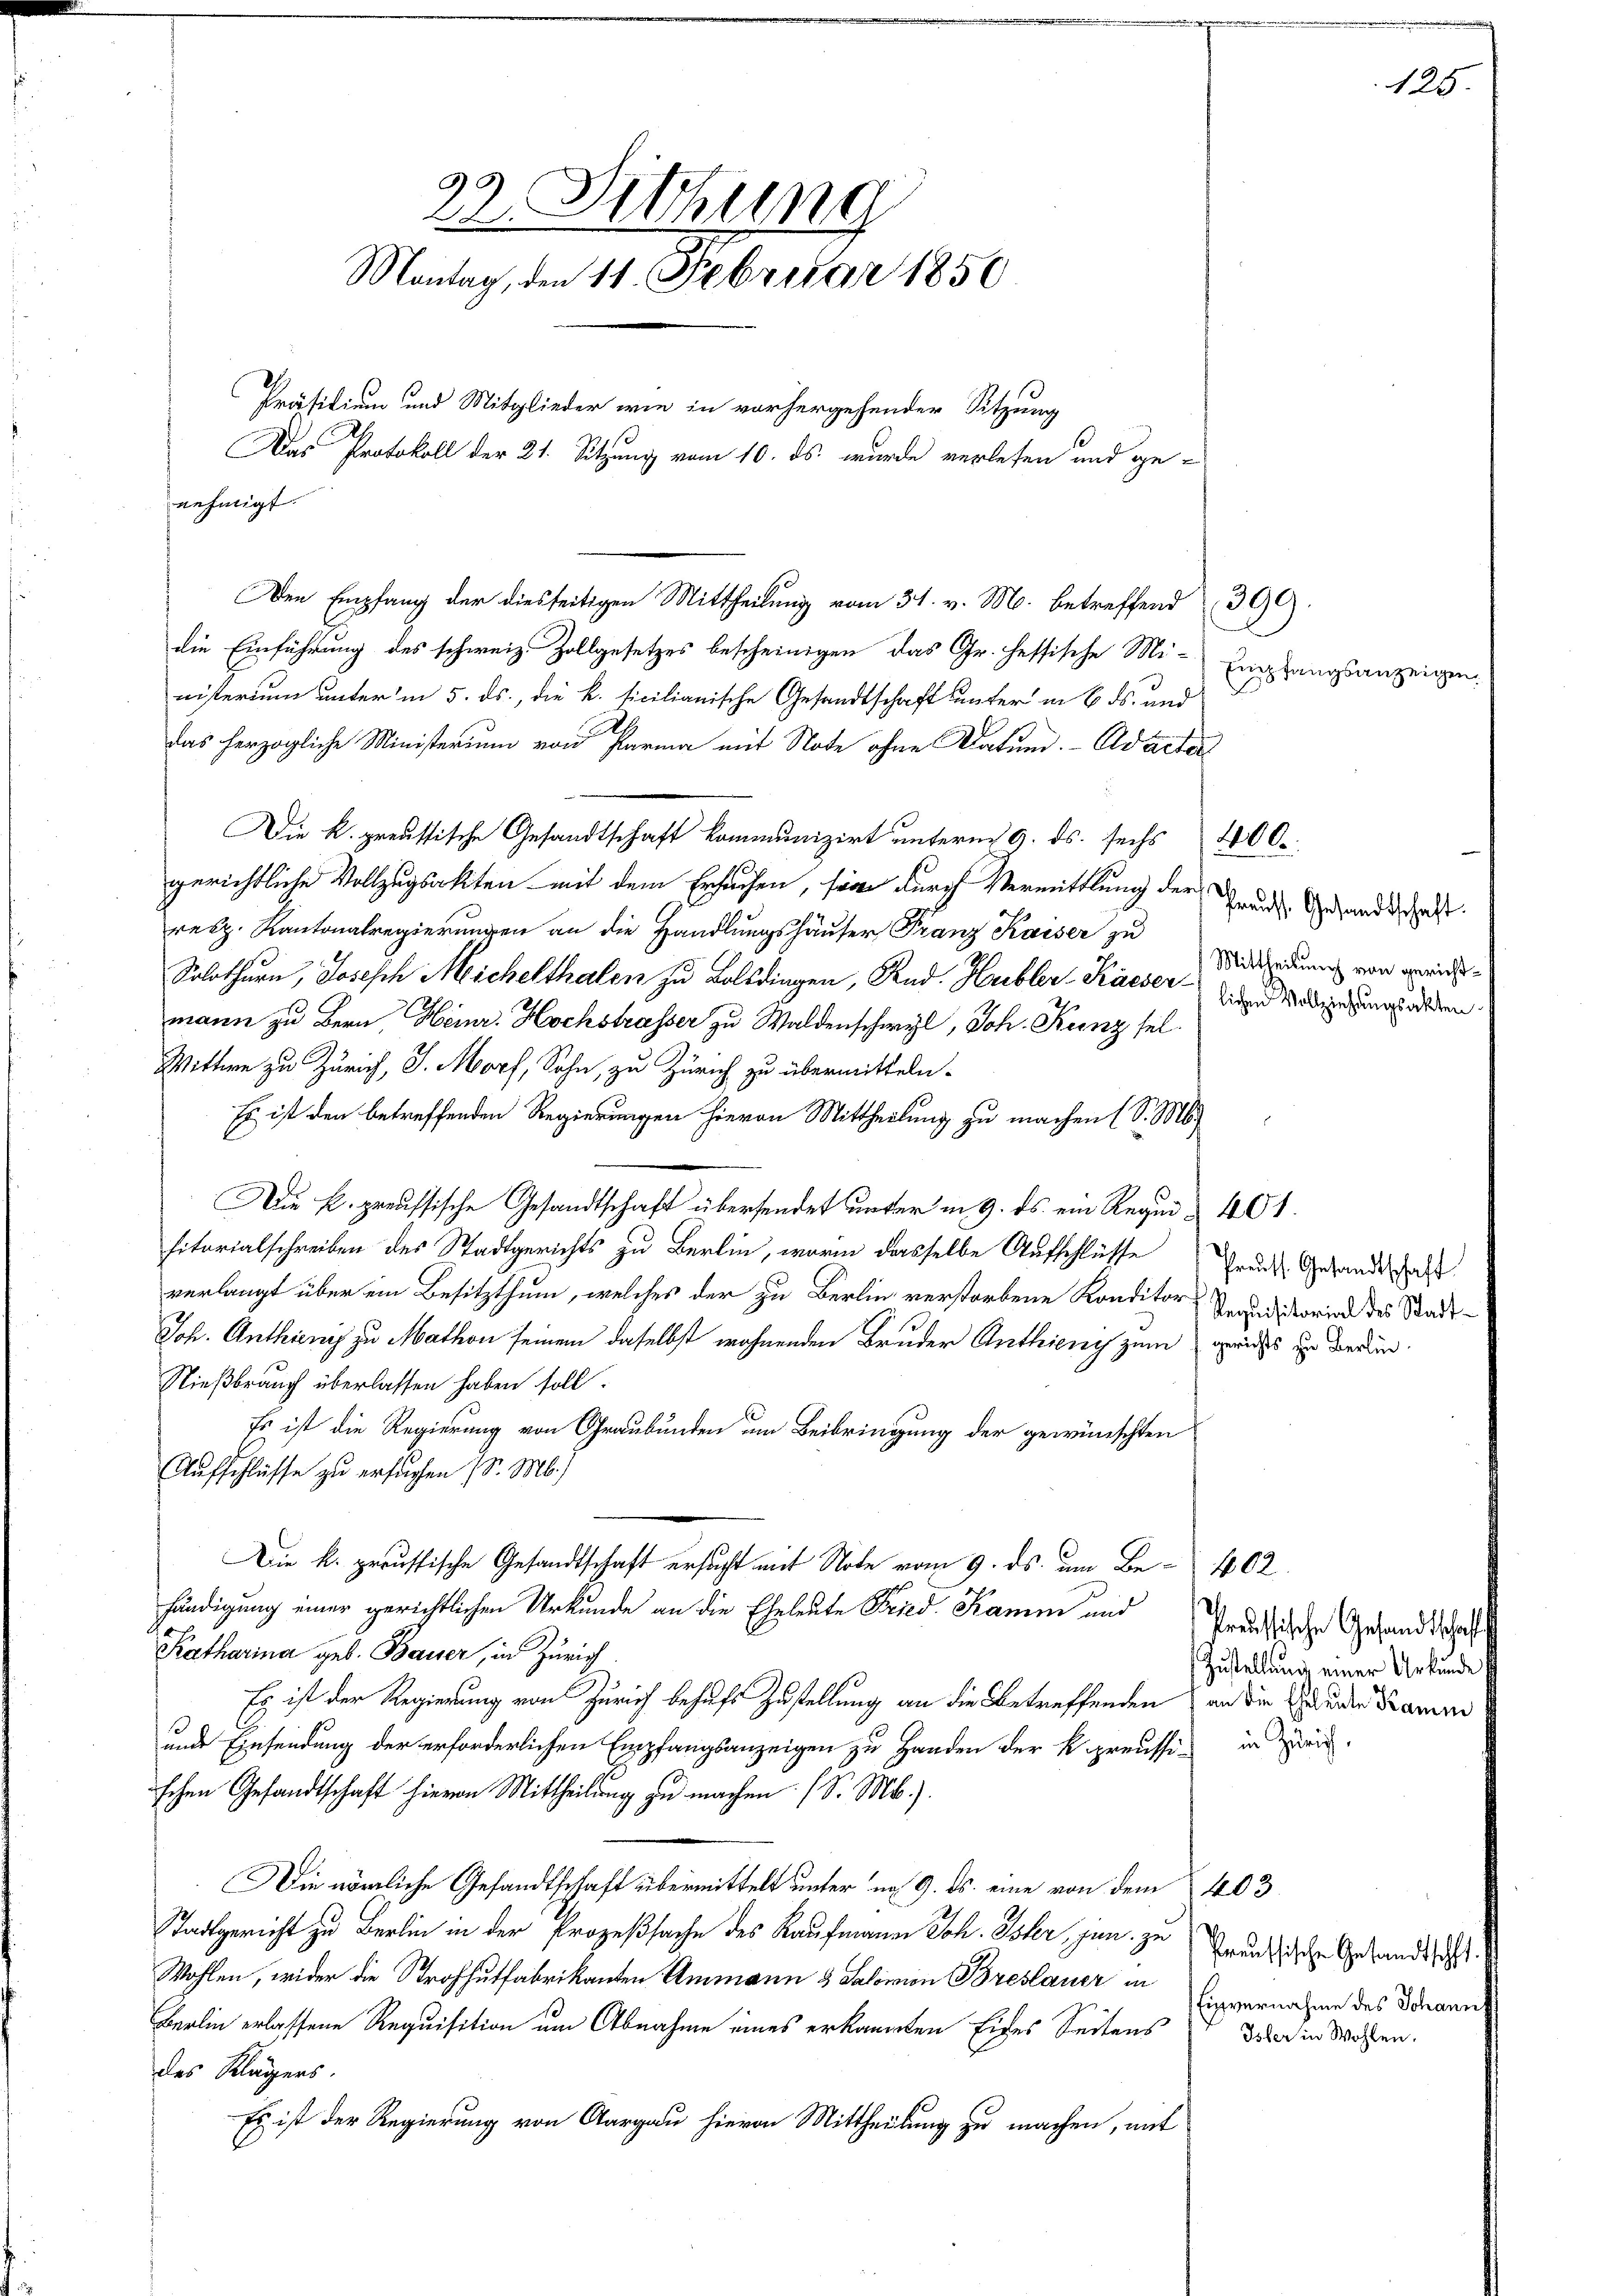
Den Empfang der diesseitigen Mittheilung vom 31. v. M. betreffend 309.
die Einführung des schweiz. Zollgesetzes bescheinigen das Gr. hessische Mi-
nisterium unter in 5. ds., die k. ticilianische Gesandtschaft unter in 6. ds. und
das herzogliche Ministerium von Parma mit Note ohne Datum.- Adacter
Die K. preussische Gesandtschaft kommunizirt unterm 9. ds. sechs 400
gerichtliche Vollzugsakten mit dem Ersuchen, soie durch Vermittlung der Grunds- Gesandtschaft.
rez. Kantonalregierungen an die Handlungshäuser Franz Kaiser zu
Solothurn, Josesch Michelthalen zu Bolsdingen, Rud. Hubler-Käeser obigerungsreden.
mann zu Bern, Heinr. Hochstrasser zu Waldenschwyl, Joh. Krenz sel.
Wittwe zu Zürich, J. Morf, Sohn, zu Zürich zu übermitteln.
Es ist den betreffenden Regierungen hievon Mittheilung zu machen (S. M
Die k. preussische Gesandtschaft übersendet unter in 9. ds. ein Requi & 401.
sitorialschreiben des Stadtgerichts zu Berlin, worin dasselbe Aufschlüsse Grad Gesandtschaft
verlangt über ein Besitzthum, welches der zu Berlin verstorbene Konditor Veranditorin des Stadt¬
Joh. Anthienis zu Mathon seinem daselbst wohnenden Bruder Anthieng zum gerichts zu deren.
Nießbrauch überlassen haben soll.
Es ist die Regierung von Graubünden um Beibringung der gewünschten
Aufschlüsse zu ersuchen d. M.)
Die k. preussische Gesandtschaft ersucht mit Note vom 9. ds. um Be- 402.
händigung einer gerichtlichen Urkunde an die Eheleute Fried. Kamm und Tradische Gesandtschaf
Katharina geb. Bauer, in Zürich
Es ist der Regierung von Zürich behufs Zustellung an die Betreffenden an die Grunde Samm
unde Einsendung der erforderlichen Empfangsanzeigen zu Handen der k. preussi in Zweig
schen Gesandtschaft hievon Mittheilung zu machen (S. Mb.).
Die nämliche Gesandtschaft übermittelt unter na 9. ds. eine von dem 403
Stadtgericht zu Berlin in der Prozeßsache des Kaufmann Joh. Isler, jan. zu
Wohlen, wider die Strafhutfabrikanten Ammann 3 Salomon Breslauer in
Berlin erlassene Requisition um Abnahme eines erkannten Eides Seitens aber in Wohlen.
des Klägers.
Es ist der Regierung von Aargau hievon Mittheilung zu machen, mit

22. Sitzung
Montag, den 11. Februar 1850
Präsidium und Mitglieder wie in vorhergehender Sitzung
Das Protokoll der 21. Sitzung vom 10. ds. wurde verlesen und ge-
nehmigt.

Empfangsanzeigen

125.

Mittheilung von gericht¬

Zustellung einer Urkunde

Preussische Gesandtschaf
Einvernahme des Johann